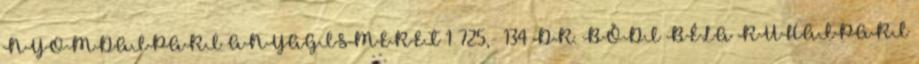
NYOMDAIPARI ANYAGISMERET 1 725,- 134 DR. BŐDI BÉLA RUHAIPARI